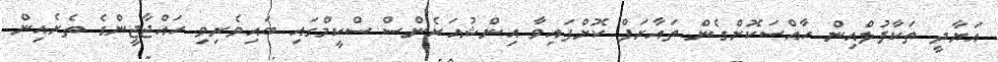
އަޔާދީ ތަކާފުލްއިން ހާއްސަކޮށްގެން ތައާރަފް ކޮށްފައިވާ އިންޝުއަރެންސް ސްކީމްގައި ބައިވެރިވި ހައްޖާޖީންގެ ތެރެއިން